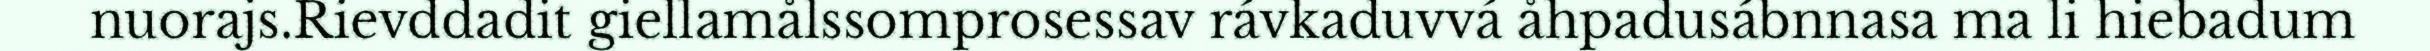
nuorajs.Rievddadit giellamålssomprosessav rávkaduvvá åhpadusábnnasa ma li hiebadum